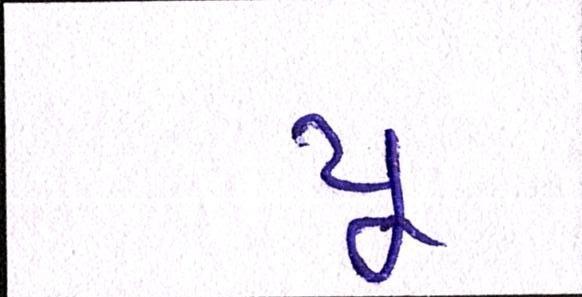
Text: યૂ